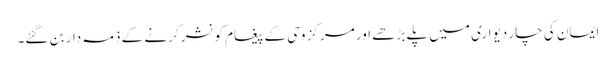
ایمان کی چار دیواری میں پلے بڑھے اور مرکز وحی کے پیغام کو نشر کرنے کے ذمہ دار بن گئے۔